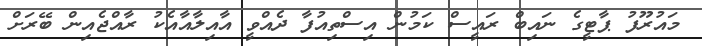
މައުރޫފު ޕާޓީގެ ނައިބް ރައީސް ކަމުން އިސްތިއުފާ ދެއްވީ އާއިލާއާއެކު ރާއްޖެއިން ބޭރަށް